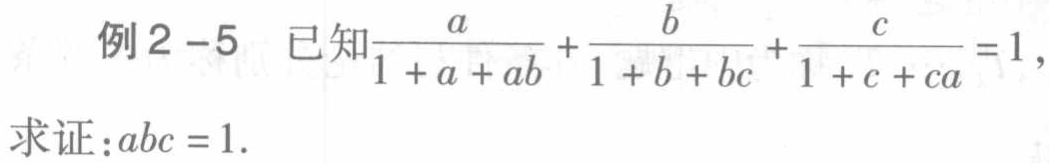
例2 - 5 已知$\frac{a}{1 + a + ab}+\frac{b}{1 + b + bc}+\frac{c}{1 + c + ca}=1$，
求证：$abc = 1$.